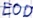
Text: E0.0